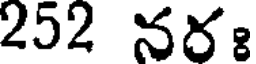
252 నరః